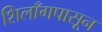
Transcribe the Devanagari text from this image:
शिलाँगपासून